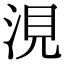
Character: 涀